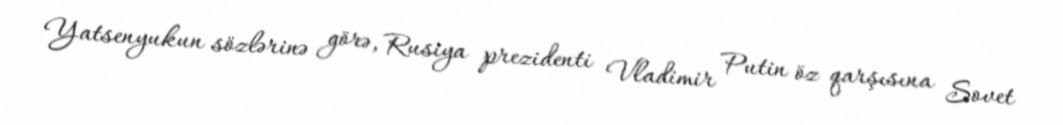
Yatsenyukun sözlərinə görə, Rusiya prezidenti Vladimir Putin öz qarşısına Sovet